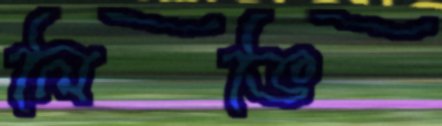
লিভি